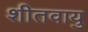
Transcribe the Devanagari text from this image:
शीतवायु